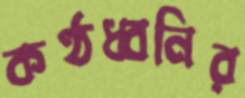
কণ্ঠধ্বনির